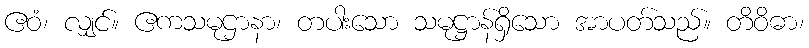
ဧဝံ၊ လျှင်။ ဧကသမုဌာနာ၊ တပါးသော သမုဋ္ဌာန်ရှိသော အာပတ်သည်။ တိဝိဓာ၊